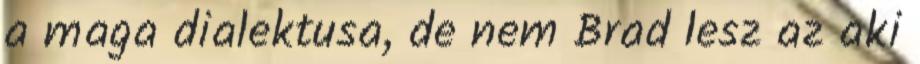
a maga dialektusa, de nem Brad lesz az aki